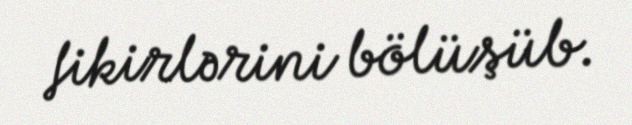
fikirlərini bölüşüb.